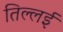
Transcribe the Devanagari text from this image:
तिल्लई